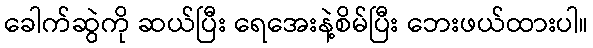
ခေါက်ဆွဲကို ဆယ်ပြီး ရေအေးနဲ့စိမ်ပြီး ဘေးဖယ်ထားပါ။